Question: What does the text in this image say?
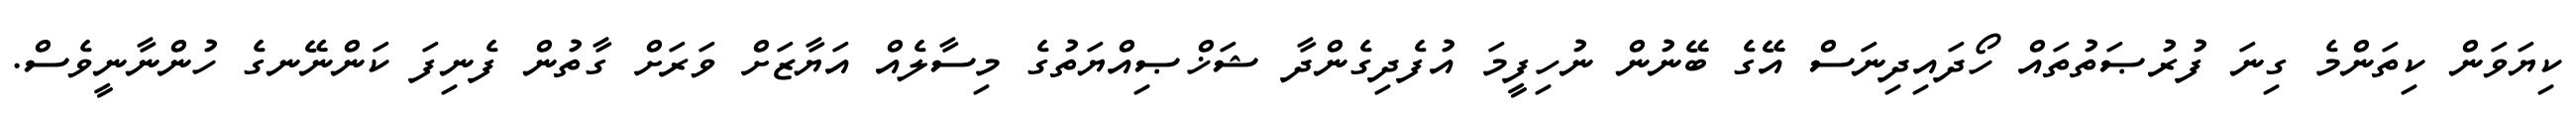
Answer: ކިޔަވަން ކިތަންމެ ގިނަ ފުރުޞަތުތައް ހޯދައިދިނަސް އޭގެ ބޭނުން ނުހިފީމަ އުފެދިގެންދާ ޝަޚްޞިއްޔަތުގެ މިސާލެއް އަޔާޒަށް ވަރަށް ގާތުން ފެނިފަ ކަންނޭނގެ ހުންނާނީވެސް.